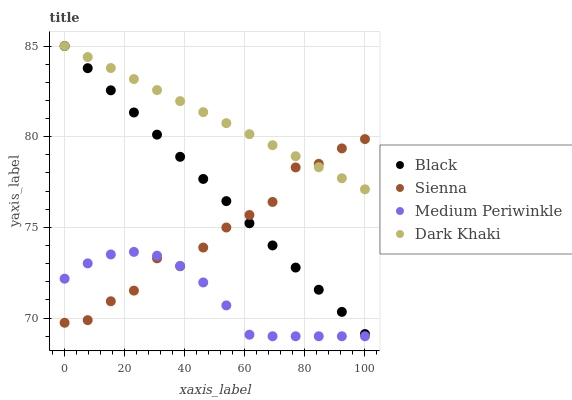
| xaxis_label | Black | Sienna | Medium Periwinkle | Dark Khaki |
 | --- | --- | --- | --- | --- |
 | 0 | 85 | 69.7 | 72.2 | 85 |
 | 7.69 | 83.8 | 69.9 | 73 | 84.4 |
 | 15.4 | 82.6 | 70.9 | 73.5 | 83.8 |
 | 23.1 | 81.3 | 71.5 | 73.7 | 83.2 |
 | 30.8 | 80.1 | 73.3 | 73.4 | 82.6 |
 | 38.5 | 78.9 | 72.9 | 72.9 | 82 |
 | 46.2 | 77.7 | 73.9 | 72 | 81.4 |
 | 53.8 | 76.5 | 75 | 70.7 | 80.7 |
 | 61.5 | 75.2 | 75.7 | 69.1 | 80.1 |
 | 69.2 | 74 | 76.4 | 69 | 79.5 |
 | 76.9 | 72.8 | 78.3 | 69 | 78.9 |
 | 84.6 | 71.6 | 78.5 | 69 | 78.3 |
 | 92.3 | 70.3 | 79.4 | 69 | 77.7 |
 | 100 | 69.1 | 79.9 | 69 | 77.1 |